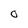
Character: O